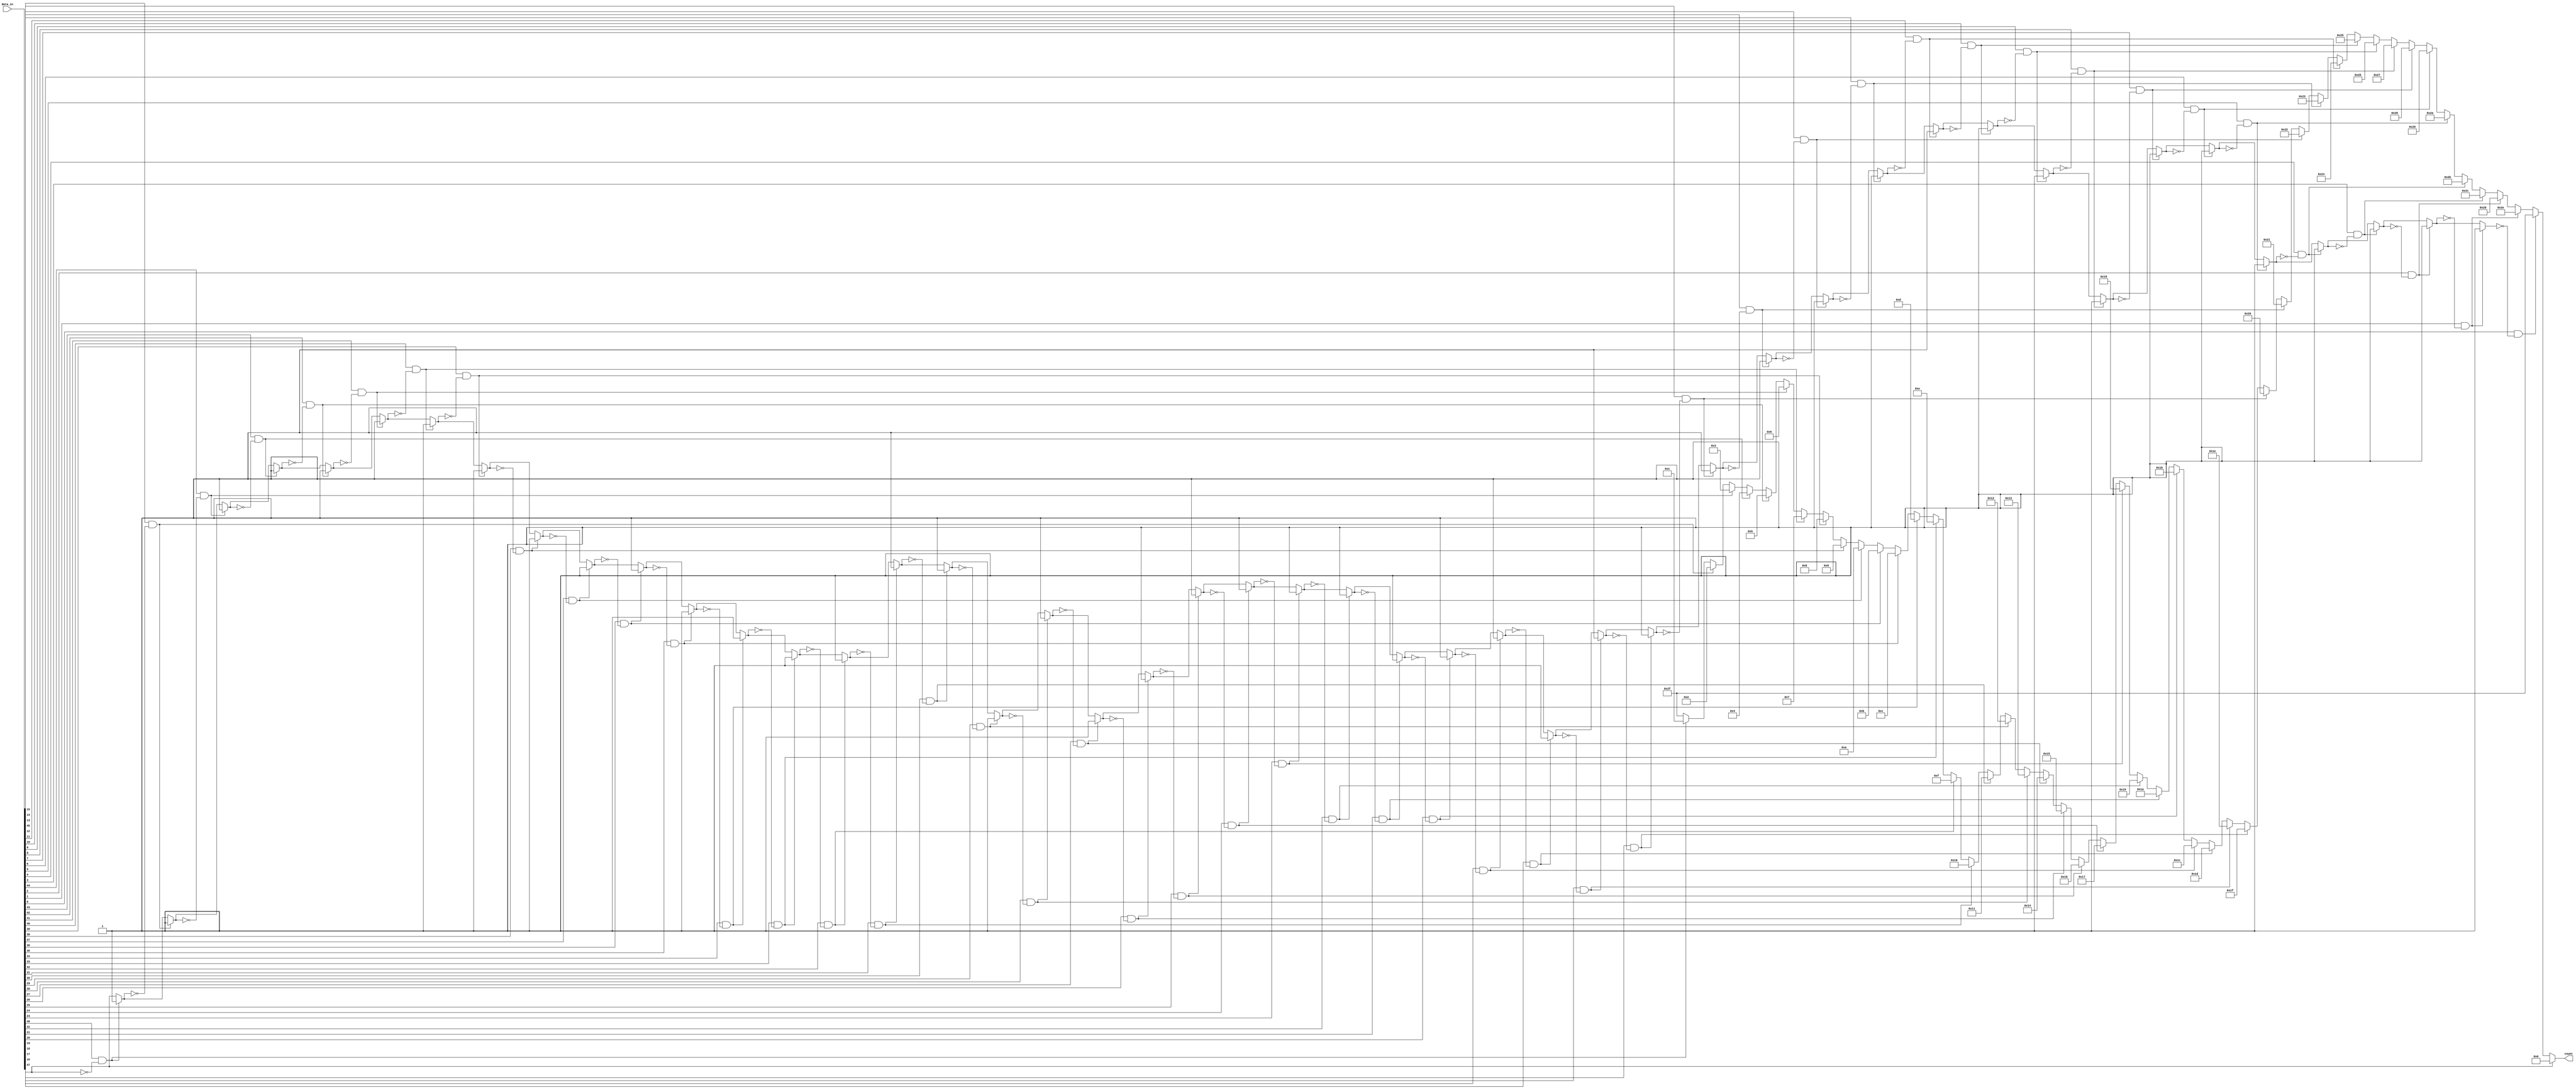
module lzc_mul
(
    input   [47:0]  data_in,  
    output  [5:0]   count
);
    
integer i;
reg [5:0] leading_zeros;
reg       first_bit;

always @(*) begin
    leading_zeros = 6'b101111; // Initialize to all ones (no leading zeros)
    first_bit = data_in[47];

    for (i = 47; i >= 0; i = i - 1) begin
        if ((data_in[i] == 1'b1) & (first_bit == 1'b0)) begin
            leading_zeros = 6'b101111 - i; // Count leading zeros
            first_bit = 1'b1;
        end
    end
end

assign count = (data_in[47]) ? 0 : leading_zeros;

endmodule